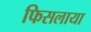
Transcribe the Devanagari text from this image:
फिसलाया